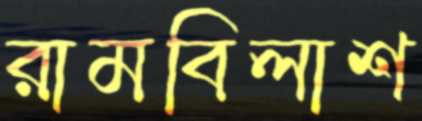
রামবিলাশ